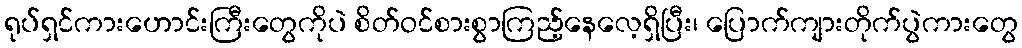
ရုပ်ရှင်ကားဟောင်းကြီးတွေကိုပဲ စိတ်ဝင်စားစွာကြည့်နေလေ့ရှိပြီး၊ ပြောက်ကျားတိုက်ပွဲကားတွေ